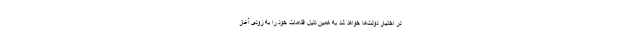
در اختیار دولت‌ها خواهد شد به همین دلیل اقدامات خود را به زودی آغاز